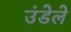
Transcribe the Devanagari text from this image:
उंडेले